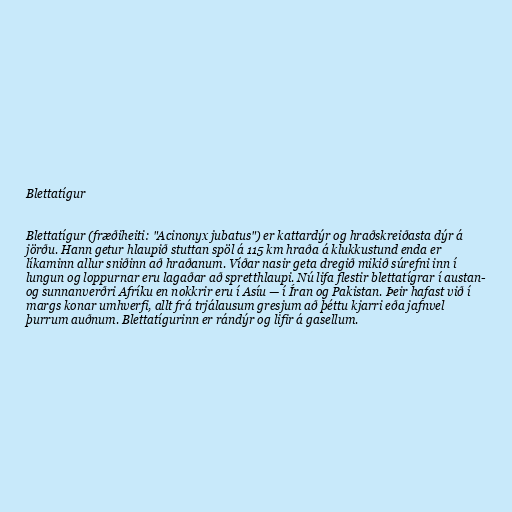
Blettatígur

Blettatígur (fræðiheiti: "Acinonyx jubatus") er kattardýr og hraðskreiðasta dýr á
jörðu. Hann getur hlaupið stuttan spöl á 115 km hraða á klukkustund enda er
líkaminn allur sniðinn að hraðanum. Víðar nasir geta dregið mikið súrefni inn í
lungun og loppurnar eru lagaðar að spretthlaupi. Nú lifa flestir blettatígrar í austan-
og sunnanverðri Afríku en nokkrir eru í Asíu — í Íran og Pakistan. Þeir hafast við í
margs konar umhverfi, allt frá trjálausum gresjum að þéttu kjarri eða jafnvel
þurrum auðnum. Blettatígurinn er rándýr og lifir á gasellum.